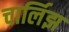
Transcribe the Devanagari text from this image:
चार्लिझ